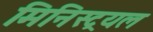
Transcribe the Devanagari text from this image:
मिनिस्ट्रयल